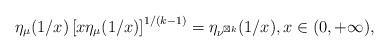
LaTeX: \begin{align*}\eta_{\mu}(1/x)\left[x\eta_{\mu}(1/x)\right]^{1/(k-1)}=\eta_{\nu^{\boxtimes k}}(1/x),x\in(0,+\infty),\end{align*}